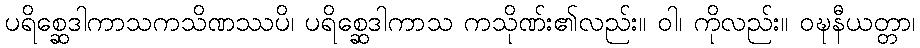
ပရိစ္ဆေဒါကာသကသိဏဿပိ၊ ပရိစ္ဆေဒါကာသ ကသိုဏ်း၏လည်း။ ဝါ၊ ကိုလည်း။ ဝဍ္ဎနီယတ္တာ၊